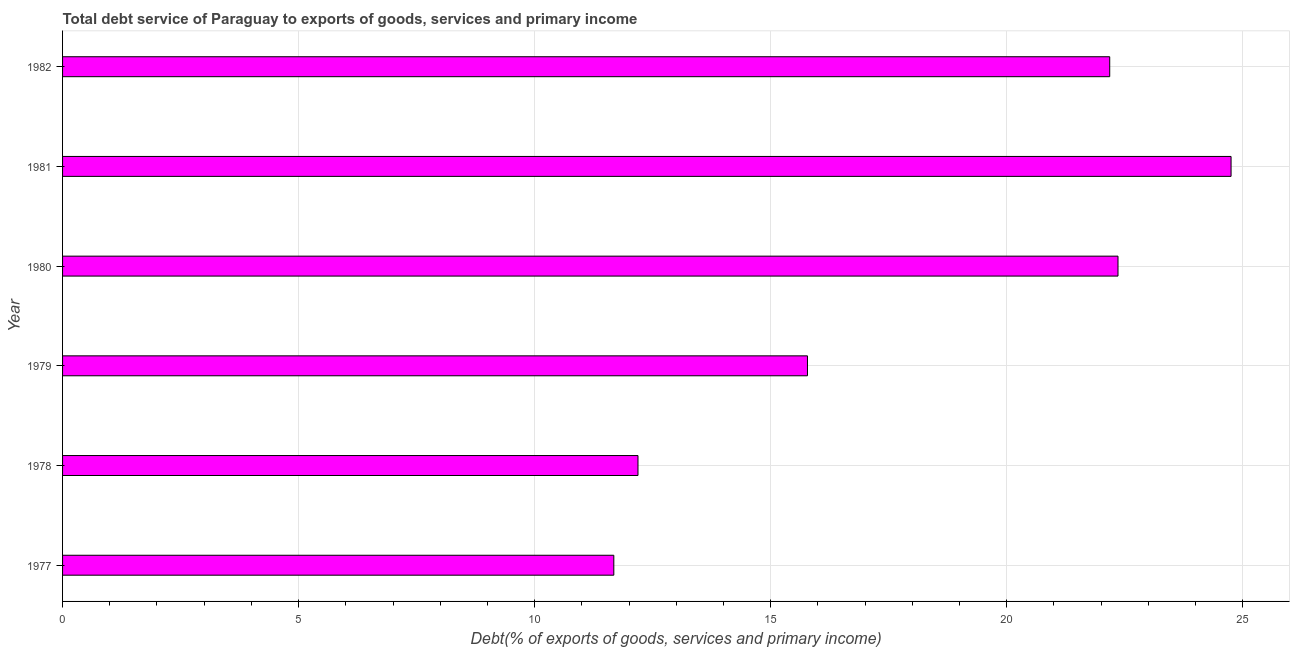
| Year | Total debt service |
 | --- | --- |
 | 1977 | 11.7 |
 | 1978 | 12.2 |
 | 1979 | 15.8 |
 | 1980 | 22.4 |
 | 1981 | 24.8 |
 | 1982 | 22.2 |